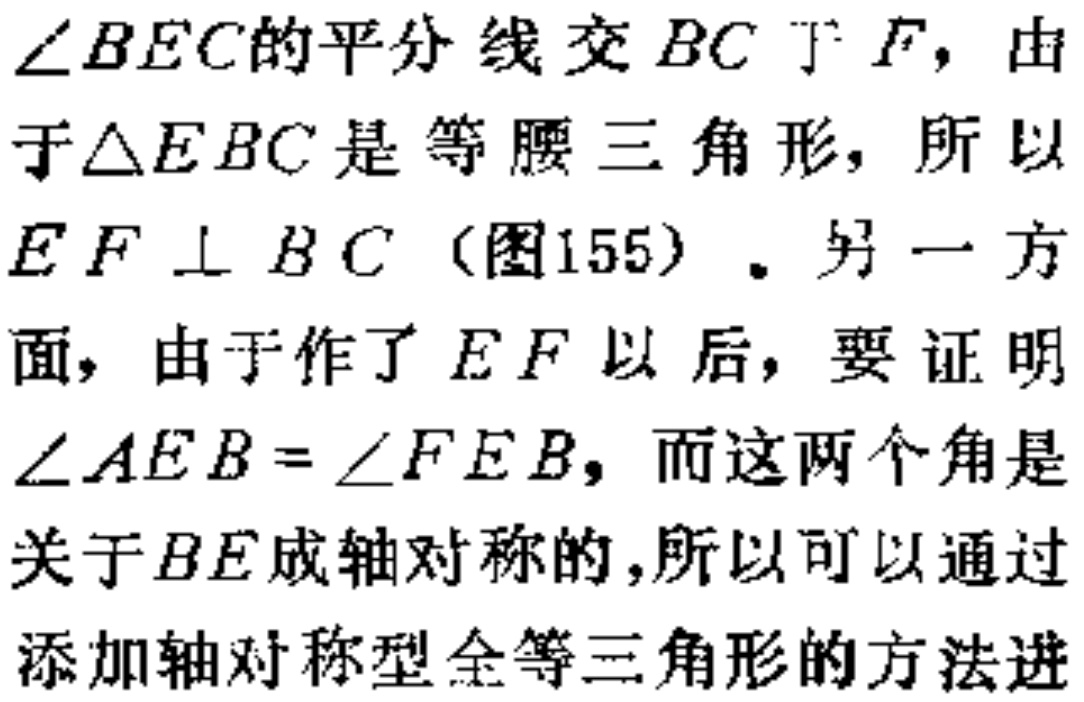
\(\angle BEC\)的平分线交\(BC\)于\(F\)，由于\(\triangle EBC\)是等腰三角形，所以\(EF\perp BC\)（图155）。另一方面，由于作了\(EF\)以后，要证明\(\angle AEB = \angle FEB\)，而这两个角是关于\(BE\)成轴对称的，所以可以通过添加轴对称型全等三角形的方法进